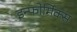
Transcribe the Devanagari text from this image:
इन्फोर्मिक्स